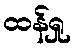
ထန်ရှု